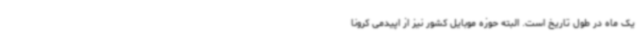
یک ماه در طول تاریخ است. البته حوزه موبایل کشور نیز از اپیدمی کرونا